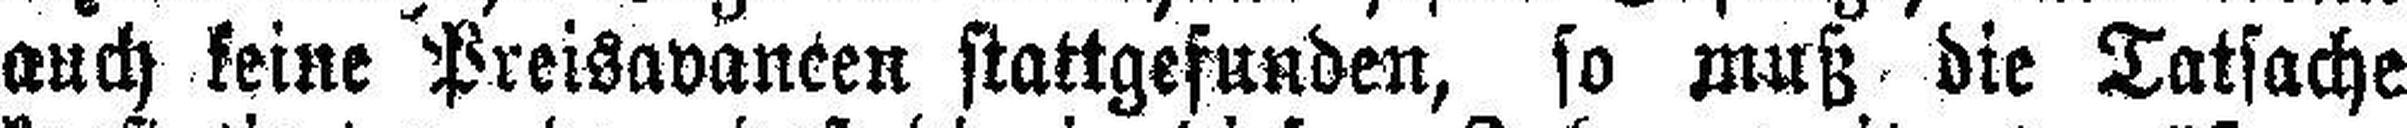
auch keine Preisavaneen stattgefunden, so muß die Tatsache